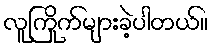
လူကြိုက်များခဲ့ပါတယ်။